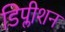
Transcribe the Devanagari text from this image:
डिप्लीशन